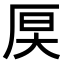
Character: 𪠊